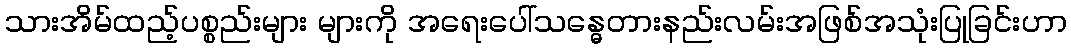
သားအိမ်ထည့်ပစ္စည်းများ များကို အရေးပေါ်သန္ဓေတားနည်းလမ်းအဖြစ်အသုံးပြုခြင်းဟာ